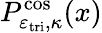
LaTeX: P_{\varepsilon_{\mathrm{tri}},\kappa}^{\cos}(x)